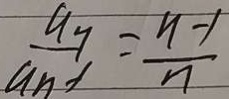
\frac { a _ { n } } { a _ { n } - 1 } = \frac { n - 1 } { n }